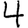
Digit: 4